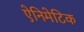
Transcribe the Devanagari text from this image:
ऐनिमेटिक